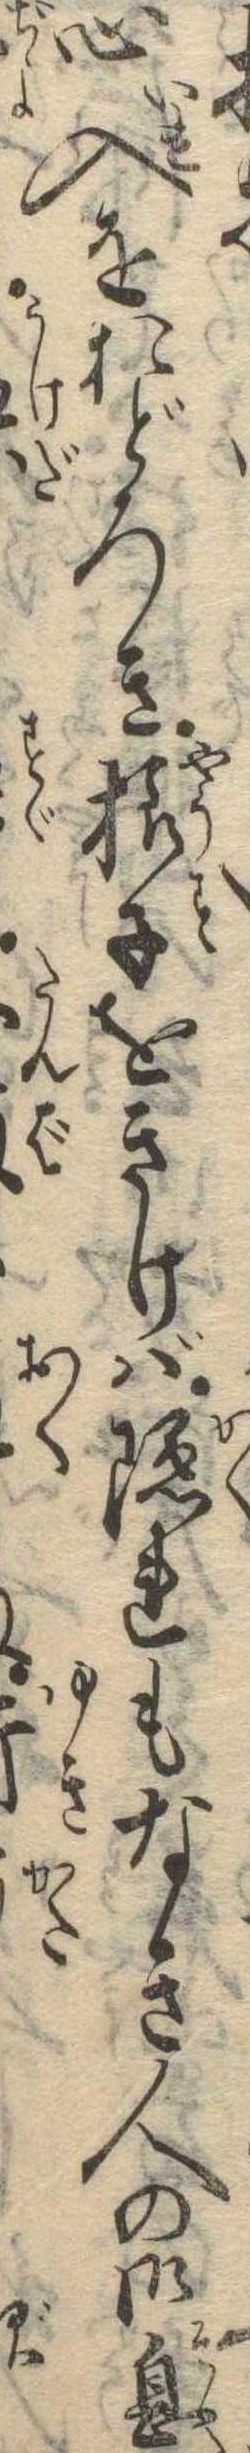
心入をおどろき様子をきけば隠れもなき人の御息ず